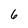
Character: 6